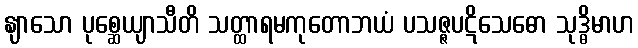
နျာသော ပုစ္ဆေယျာသီတိ သတ္ထာရမကုတောဘယံ ပသဇ္ဇပဋိသေဓော သုဒ္ဓိမာဟ